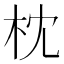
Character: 枕